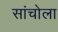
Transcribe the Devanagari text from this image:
सांचोला